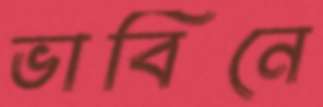
ভাবিনে